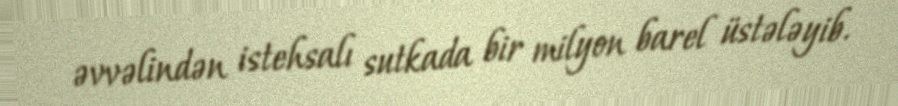
əvvəlindən istehsalı sutkada bir milyon barel üstələyib.